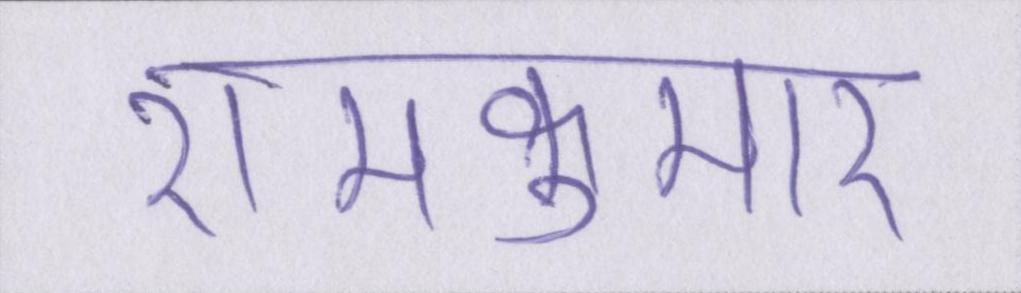
रामकुमार